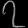
Digit: ၇